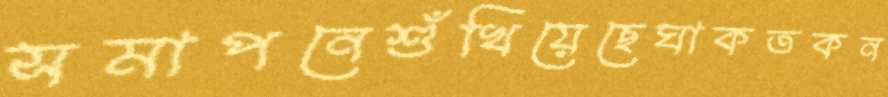
সমাপনেশুঁখিয়েছেঘাকতকন